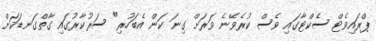
ޕްރައިވެޓް ސެކްޓާގައި ވެސް ކުރެވޭނެ ވަރަށް ގިނަ ކަން އެބަހުރި" ސަރުކާރުގައި ގާތްގަނޑަކަށް